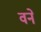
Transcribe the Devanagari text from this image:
वनें